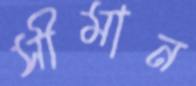
সীমান